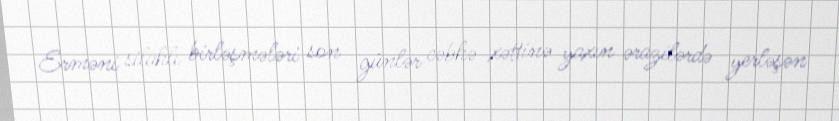
Erməni silahlı birləşmələri son günlər cəbhə xəttinə yaxın ərazilərdə yerləşən